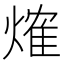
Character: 𤌍